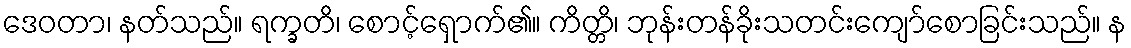
ဒေဝတာ၊ နတ်သည်။ ရက္ခတိ၊ စောင့်ရှောက်၏။ ကိတ္တိ၊ ဘုန်းတန်ခိုးသတင်းကျော်စောခြင်းသည်။ န